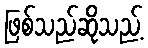
ဖြစ်သည်ဆိုသည့်